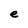
Character: e